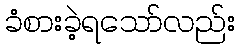
ခံစားခဲ့ရသော်လည်း